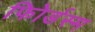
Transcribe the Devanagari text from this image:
फोिर्डस्म